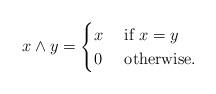
LaTeX: \begin{align*}x\wedge y =\begin{cases} x&\mbox{ if }x=y\\0&\mbox{ otherwise.}\end{cases}\end{align*}